Civil Veterinary Department Bihar & Orissa reports 1911-21 - 1911-1921
Year: 1911
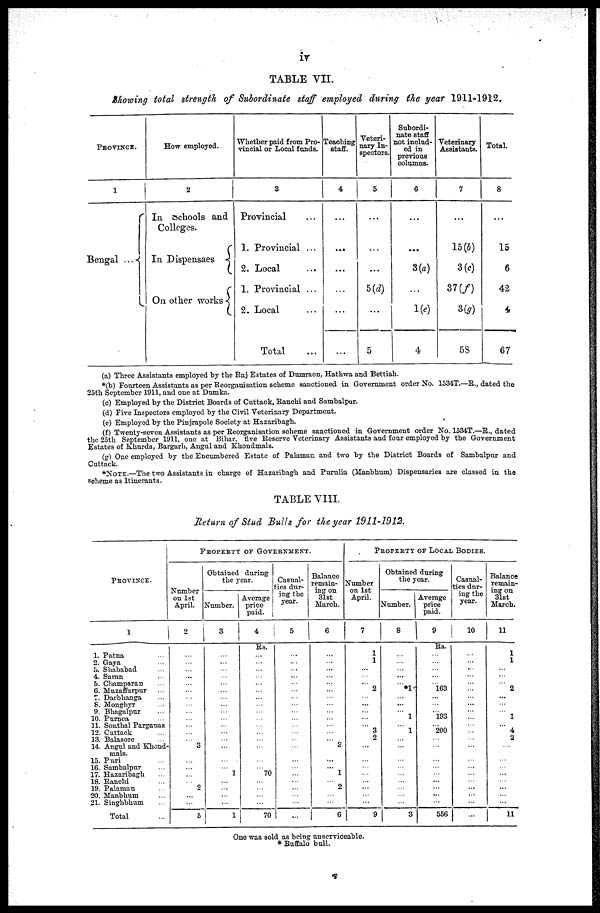
iv
TABLE VII.
Showing total strength of Subordinate staff employed during the year 1911-1912.
PROVINCE.
1
Bengal ...
How employed.
2
In schools and
Colleges.
In Dispensaes
On other works
Whether paid from Pro-
vincial or Local funds.
3
Provincial
1. Provincial ...
2. Local
1. Provincial ...
2. Local
Total
Teaching
Staff.
4
...
...
...
Veteri-
nary In-
spectors.
5
...
5(d)
...
5
Subordi-
nate staff
not includ-
ed in
previous
columns.
6
3(a)
1(e)
4
Veterinary
Assistants.
7
15(b)
3(c)
37(f)
3(g)
58
Total.
8
15
6
42
4
67
(a) Three Assistants employed by the Raj Estates of Dumraon, Hathwa and Bettiah.
(b) Fourteen Assistants as per Reorganisation scheme sanctioned in Government order No. 1534T.—R., dated the
25th September 1911, and one at Dumka.
(c) Employed by the District Boards of Cuttack, Ranchi and Sambalpar.
(d) Five Inspectors employed by the Civil Veterinary Department,
(c) Employed by the Pinjrapole Society at Hazaribagh.
(f) Twenty-seven Assistants as per Reorganisation scheme sanctioned in Government order No. 1534T.—R., dated
the 25th September 1911, one at Bihar live Reserve Veterinary Assistants and four employed by the Government
Estates of Khurda, Bargarh, Angul and Khondmals.
g) One employed by the Encumbered Estate of Palamau and two by the District Boards of Sambalpar and
Cuttack.
NOTE.—The two Assistants in charge of Hazaribagh and Purulia (Manbhum) Dispensaries are classed in the
scheme as Itinerants.
TABLE VIII.
Return of Stud Bulls for the year 1911-1912.
PROVINCE.
1
1. Patna ...
2. Gaya ...
3. Shahabad ...
4. Saran ...
5. Champaran ...
6. Muzaffarpur ...
7. Darbhanga ...
8. Monghyr ...
9. Bhagalpur ...
10. Purnca ...
11. Southal Parganas
12. Cattack ...
13. Balasore ...
14. Angul and Khend-
mals.
15. Puri ...
16. Sambalpur
...
17. Hazaribagh ...
18. Ranchi ...
19. Palamau ...
20. Manbhum ...
21. Singhbhum ...
Total
PROPERTY OF GOVERNMENT
Number
on 1st
April.
2
...
...
... ...
...
...
...
...
...
... ...
...
...
3
...
...
...
...
2
...
...
5
Obtained during
the year.
Number.
3
...
...
...
...
...
...
...
...
...
...
...
...
...
...
...
...
1
...
...
...
...
1
Average
price
paid.
4
Rs.
...
...
...
...
...
...
...
...
...
...
...
...
...
...
...
...
70
...
...
...
...
70
Casual-
ties dur-
ing the
year.
5
...
...
...
...
...
...
...
...
...
...
...
...
...
...
...
...
...
...
...
...
...
...
Balance
remain-
ing on
31st
March.
6
...
...
...
...
...
...
...
...
...
...
...
...
...
3
...
...
1
...
2
...
...
6
PROPERTY OF LOCAL BODIES.
Number
on 1st
April.
7
1
1
...
...
...
2
...
...
...
...
...
3
2
...
...
...
...
...
...
...
...
9
Obtained during
the year.
Number.
8
...
...
...
...
...
1
...
...
...
1
...
1
...
...
...
...
...
...
...
...
...
3
Average
price
paid.
9
Rs.
...
...
...
...
... 163
...
...
... 193
... 200
...
...
...
...
...
...
...
...
...
556
Casual-
ties dur-
ing the
year.
10
...
...
...
...
...
...
...
...
...
...
...
...
...
...
...
...
...
...
...
...
...
Balance
remain-
ing on
31st
March.
11
1
1
...
...
...
2
...
...
...
1
...
4
2
...
...
...
...
...
...
...
...
11
One was sold as being unserviceable.
*Buffalo bull.